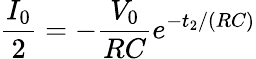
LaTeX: \frac{I_{0}}{2}=-\frac{V_{0}}{RC}e^{-t_{2}/(RC)}